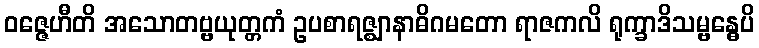
ဝဇ္ဇေဟီတိ အသောတဗ္ဗယုတ္တကံ ဥပစာရဇ္ဈာနာဓိဂမတော ရာဇကလိ ရုက္ခာဒိသမ္ဗန္ဓေပိ